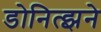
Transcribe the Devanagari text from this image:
डोनित्झने